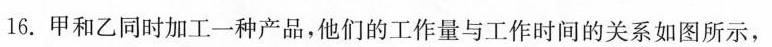
16.甲和乙同时加工一种产品，他们的工作量与工作时间的关系如图所示，